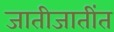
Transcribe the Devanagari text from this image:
जातीजातींत